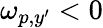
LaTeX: \omega_{p,y^{\prime}}<0